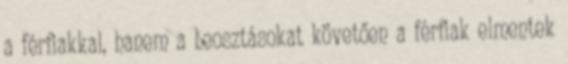
a férfiakkal, hanem a beosztásokat követően a férfiak elmentek